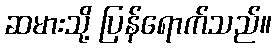
ဆမားသို့ ပြန်ရောက်သည်။